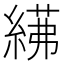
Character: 𦂓